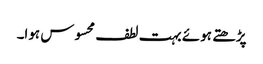
پڑھتے ہوئے بہت لطف محسوس ہوا۔